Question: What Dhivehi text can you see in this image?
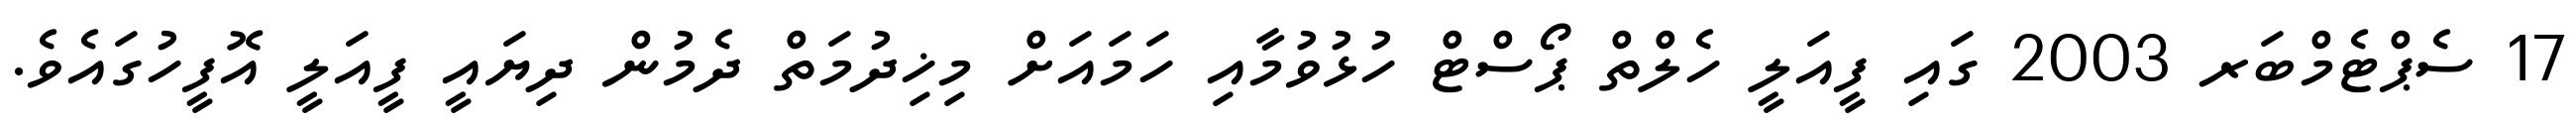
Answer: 17 ސެޕްޓެމްބަރ 2003 ގައި ފީއަލީ ހެލްތް ޕޯސްޓް ހުޅުވުމާއި ހަމައަށް މިޚިދުމަތް ދެމުން ދިޔައީ ފީއަލީ އޮފީހުގައެވެ.